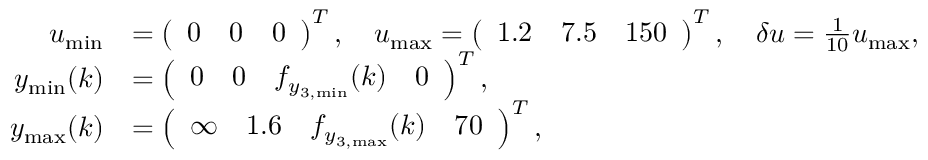
\begin{array} { r l } { u _ { \mathrm { m i n } } } & { = \left( \begin{array} { l l l } { 0 } & { 0 } & { 0 } \end{array} \right) ^ { T } , \quad u _ { \mathrm { m a x } } = \left( \begin{array} { l l l } { 1 . 2 } & { 7 . 5 } & { 1 5 0 } \end{array} \right) ^ { T } , \quad \delta u = \frac { 1 } { 1 0 } u _ { \mathrm { m a x } } , } \\ { y _ { \mathrm { m i n } } ( k ) } & { = \left( \begin{array} { l l l l } { 0 } & { 0 } & { f _ { y _ { 3 , \mathrm { m i n } } } ( k ) } & { 0 } \end{array} \right) ^ { T } , } \\ { y _ { \mathrm { m a x } } ( k ) } & { = \left( \begin{array} { l l l l } { \infty } & { 1 . 6 } & { f _ { y _ { 3 , \mathrm { m a x } } } ( k ) } & { 7 0 } \end{array} \right) ^ { T } , } \end{array}